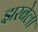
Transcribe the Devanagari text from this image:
झरबेला